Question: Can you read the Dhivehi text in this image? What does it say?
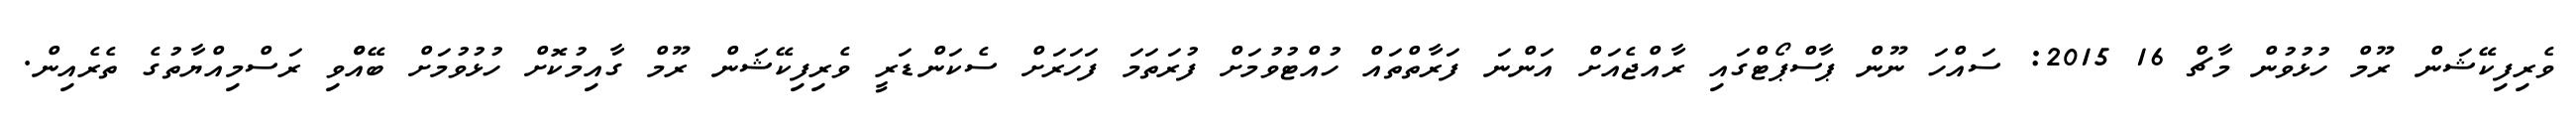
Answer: ވެރިފިކޭޝަން ރޫމް ހުޅުވުން މާޗް 16 2015: ސައްހަ ނޫން ޕާސްޕޯޓްގައި ރާއްޖެއަށް އަންނަ ފަރާތްތައް ހުއްޓުވުމަށް ފުރަތަމަ ފަހަރަށް ސެކަންޑަރީ ވެރިފިކޭޝަން ރޫމް ގާއިމުކޮށް ހުޅުވުމަށް ބޭއްްވި ރަސްމިއްޔާތުގެ ތެރެއިން.